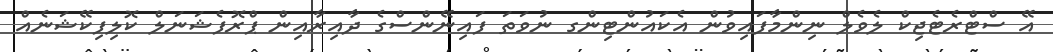
އޭ ސްޓްރެޓެޖިކް ލެވެލް ނިންމާފައިވުން އެކައުންޓިންގ ނުވަތަ ފައިނޭންސްގެ ދާއިރާއިން ޕްރޮފެޝަނަލް ކޮލިފިކޭޝަނެއް